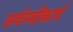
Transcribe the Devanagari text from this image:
सर्वस्वीकार्य